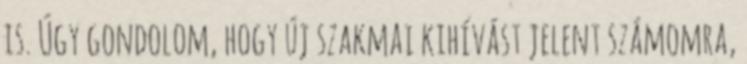
is. Úgy gondolom, hogy új szakmai kihívást jelent számomra,